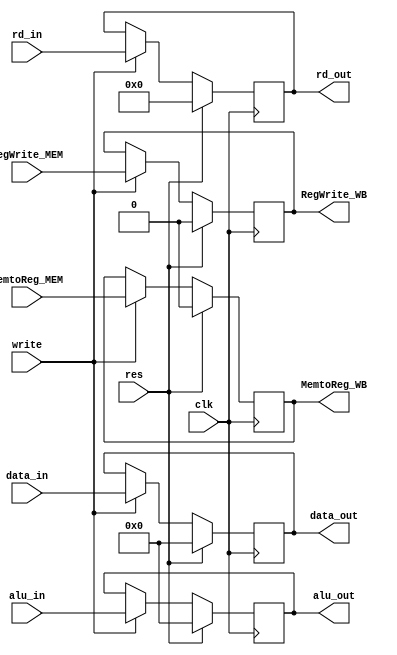
`timescale 1ns/1ps

module MEM_WB(
    input [31:0] data_in,
    input [31:0] alu_in,
    input [4:0] rd_in,
    input write,
    input clk,
    input res,
    input RegWrite_MEM, MemtoReg_MEM,
    output reg [31:0] data_out,
    output reg [31:0] alu_out,
    output reg [4:0] rd_out,
    output reg RegWrite_WB, MemtoReg_WB
);

    always @(posedge clk) begin
        if(res) begin
            alu_out <= 0;
            data_out <= 0;
            rd_out <= 0;
            RegWrite_WB <= 0;
            MemtoReg_WB <= 0;
        end
        else begin
            if (write) begin
                alu_out <= alu_in;
                data_out <= data_in;
                rd_out <= rd_in;
                RegWrite_WB <= RegWrite_MEM;
                MemtoReg_WB <= MemtoReg_MEM;
            end
        end
    end

endmodule